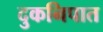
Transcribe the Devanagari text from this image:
दुकनिपात